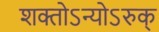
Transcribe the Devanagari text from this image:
शक्तोऽन्योऽरुक्